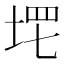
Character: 𡌣